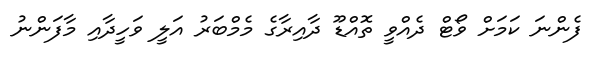
ފެންނަ ކަމަށް ވޯޓް ދެއްވީ ތޮއްޑޫ ދާއިރާގެ މެމްބަރު އަލީ ވަހީދާއި މާފަންނު